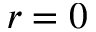
r = 0